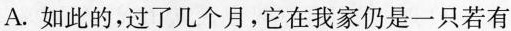
A.如此的，过了几个月，它在我家仍是一只若有